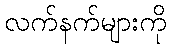
လက်နက်များကို